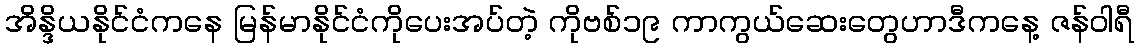
အိန္ဒိယနိုင်ငံကနေ မြန်မာနိုင်ငံကိုပေးအပ်တဲ့ ကိုဗစ်၁၉ ကာကွယ်ဆေးတွေဟာဒီကနေ့ ဇန်ဝါရီ